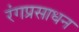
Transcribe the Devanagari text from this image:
रंगप्रसाधन